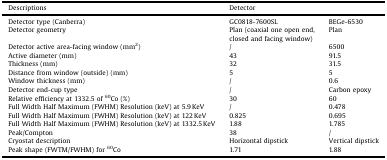
| Descriptions | <COLSPAN=2> Detector |
 | --- | --- | --- |
 | Detector type (Canberra) | GC0818-7600SL | BEGe-6530 |
 | Detector geometry | Plan (coaxial one open end, closed and facing window) | Plan |
 | Detector active area-facing window (mm2) | / | 6500 |
 | Active diameter (mm) | 43 | 91.5 |
 | Thickness (mm) | 32 | 31.5 |
 | Distance from window (outside) (mm) | 5 | 5 |
 | Window thickness (mm) | / | 0.6 |
 | Detector end-cup type | / | Carbon epoxy |
 | Relative efficiency at 1332.5 of 60Co (%) | 30 | 60 |
 | Full Width Half Maximum (FWHM) Resolution (keV) at 5.9 KeV | / | 0.478 |
 | Full Width Half Maximum (FWHM) Resolution (keV) at 122 KeV | 0.825 | 0.695 |
 | Full Width Half Maximum (FWHM) Resolution (keV) at 1332.5 KeV | 1.88 | 1.785 |
 | Peak/Compton | 38 | / |
 | Cryostat description | Horizontal dipstick | Vertical dipstick |
 | Peak shape (FWTM/FWHM) for 60Co | 1.71 | 1.88 |